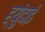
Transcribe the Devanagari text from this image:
ह्युंदाई